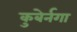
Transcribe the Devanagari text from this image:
कुबेर्नगा